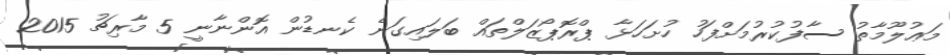
މަޢުލޫމާތު ސާފުކުރުމަށްފަހު ހުށަހަޅާ ޕްރޮޕޯޒަލްތައް ބަލައިގަނެ ކެނޑުން އޮންނާނީ 5 މާރިޗު 2015